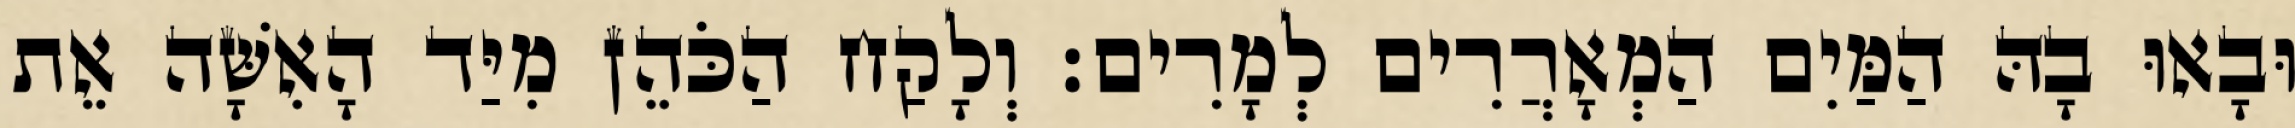
וּבָאוּ בָהּ הַמַּיִם הַמְאָרֲרִים לְמָרִים׃ וְלָקַח הַכֹּהֵן מִיַּד הָאִשָּׁה אֵת